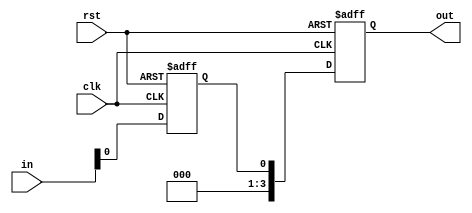
module input_sig (
    input clk,
    input [3:0] in,
    input rst,
    output reg [3:0] out
);

reg in_d;

always @(posedge clk or posedge rst) begin

    if(rst) begin
        out <= 0;
        in_d <= 0;
    end
    
    else begin
        in_d <= in;
        out <= in_d;
    end
end

endmodule